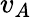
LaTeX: v_{A}